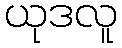
ယုဒလူ